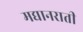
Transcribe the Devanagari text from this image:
मद्यानराती